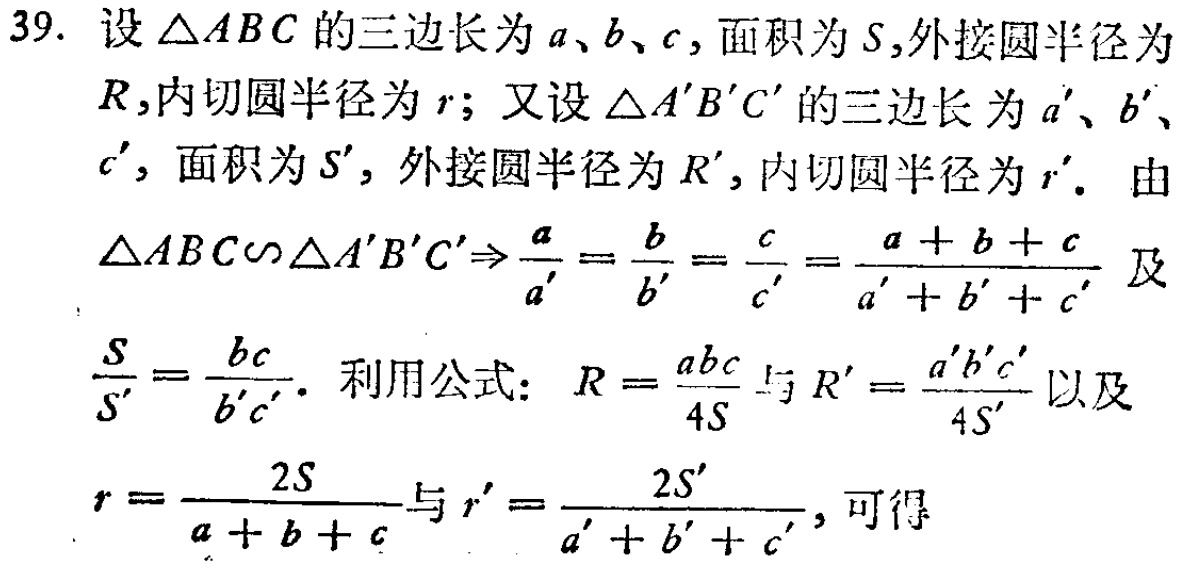
39. 设\(\triangle ABC\)的三边长为\(a\)、\(b\)、\(c\)，面积为\(S\)，外接圆半径为\(R\)，内切圆半径为\(r\)；又设\(\triangle A'B'C'\)的三边长为\(a'\)、\(b'\)、\(c'\)，面积为\(S'\)，外接圆半径为\(R'\)，内切圆半径为\(r'\)。由\(\triangle ABC\sim\triangle A'B'C'\Rightarrow\frac{a}{a'}=\frac{b}{b'}=\frac{c}{c'}=\frac{a + b + c}{a' + b' + c'}\)及\(\frac{S}{S'}=\frac{bc}{b'c'}\)。利用公式：\(R = \frac{abc}{4S}\)与\(R' = \frac{a'b'c'}{4S'}\)以及\(r = \frac{2S}{a + b + c}\)与\(r' = \frac{2S'}{a' + b' + c'}\)，可得